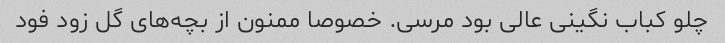
چلو کباب نگینی عالی بود مرسی. خصوصا ممنون از بچه‌های گل زود فود